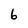
Character: 6